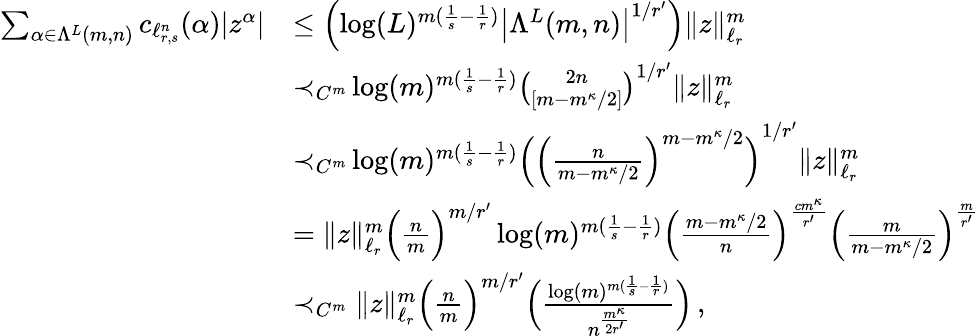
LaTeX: \begin{array}{rl}{\sum_{\alpha\in\Lambda^{L}(m,n)}c_{\ell_{r,s}^{n}}(\alpha)|z^{\alpha}|}&{\le\left(\log(L)^{m(\frac 1{s}-\frac 1{r})}\left|\Lambda^{L}(m,n)\right|^{1/r^{\prime}}\right)\| z\| _{\ell_{r}}^{m}}\\ &{{\prec_{C^{m}}}\log(m)^{m(\frac 1{s}-\frac 1{r})}\binom{2n}{[m-m^{\kappa}/2]}^{1/r^{\prime}}\| z\| _{\ell_{r}}^{m}}\\ &{{\prec_{C^{m}}}\log(m)^{m(\frac 1{s}-\frac 1{r})}\left(\Big(\frac{n}{m-m^{\kappa}/2}\Big)^{m-m^{\kappa}/2}\right)^{1/r^{\prime}}\| z\| _{\ell_{r}}^{m}}\\ &{=\| z\| _{\ell_{r}}^{m}\Big(\frac{n}{m}\Big)^{m/r^{\prime}}\log(m)^{m(\frac 1{s}-\frac 1{r})}\Big(\frac{m-m^{\kappa}/2}{n}\Big)^{\frac{cm^{\kappa}}{r^{\prime}}}\Big(\frac{m}{m-m^{\kappa}/2}\Big)^{\frac{m}{r^{\prime}}}}\\ &{\prec_{C^{m}}\| z\| _{\ell_{r}}^{m}\Big(\frac{n}{m}\Big)^{m/r^{\prime}}\Big(\frac{\log(m)^{m(\frac 1{s}-\frac 1{r})}}{n^{\frac{m^{\kappa}}{2r^{\prime}}}}\Big)\, ,}\end{array}